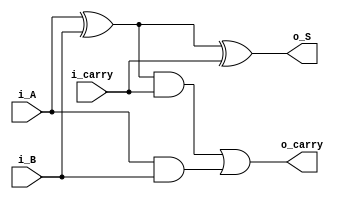
module full_adder(
  input  wire i_A ,    // Input A
  input  wire i_B ,    // Input B
  input  wire i_carry, // Input carry
  output wire o_S,     // Output sum
  output wire o_carry  // Output carry
);

  assign o_S = (i_A ^ i_B) ^ i_carry;  // Compute the sum output
  assign o_carry = ((i_A ^ i_B) & i_carry) | (i_A & i_B);  // Compute the carry output

endmodule